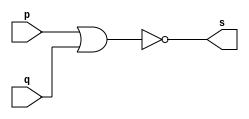
// Guia0105 - OR
// Nome: Pedro Tronbin
// -------------------

// ------------------- 


// -------------------
// -- nor gate
// -------------------

module norgate(output s, input p, q);

assign s = ( ~ ( p | q ) );

endmodule // norgate

// -------------------
// -- not gate
// -------------------

module notgate(output s, input p);
 
assign s = ~p; 
					
endmodule // notgate

// -------------------
// -- and gate
// -------------------

module andgate(output s, input p, input q);

assign s = p & q; 
					
endmodule // andgate

// -------------------
// -- test norgate
// ------------------- 

module testorgate;

reg a, b, c;
wire s, q1, q2;

norgate NOR1(q1, b, c);
notgate NOT1(q2, a);
andgate AND1(s, q2, q1);

initial begin: start

a=0; b=0; c=0;

end

initial begin: main

$display("Guia01 - Exercicio 05 - Pedro Tronbin - 410473");
$display("TEST OR GATE: ");
$display("\n( ~ a & ~ ( b | c ) = s ");
$monitor("( ~ %b & ~ ( %b | %b ) = %b ", a, b, c, s);
#1 a=0; b=0; c=0;
#1 a=0; b=0; c=1;
#1 a=0; b=1; c=0;
#1 a=0; b=1; c=1;
#1 a=1; b=0; c=0;
#1 a=1; b=0; c=1;
#1 a=1; b=1; c=0;
#1 a=1; b=1; c=1;

end

endmodule // testorgate

//-----  SAIDA
//
// Guia01 - Exercicio 05 - Pedro Tronbin - 410473
// TEST OR GATE: 
//
// ( ~ a | ~ ( b & c ) = s
// ( ~ 0 | ~ ( 0 & 0 ) = 1
// ( ~ 0 | ~ ( 0 & 1 ) = 0
// ( ~ 0 | ~ ( 1 & 0 ) = 0
// ( ~ 0 | ~ ( 1 & 1 ) = 0
// ( ~ 1 | ~ ( 0 & 0 ) = 0
// ( ~ 1 | ~ ( 0 & 1 ) = 0
// ( ~ 1 | ~ ( 1 & 0 ) = 0
// ( ~ 1 | ~ ( 1 & 1 ) = 0